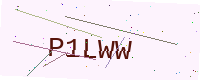
Text: P1LWW